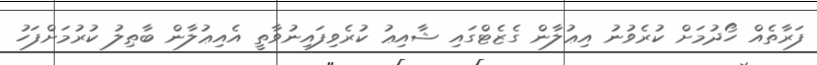
ފަރާތެއް ހޯދުމަށް ކުރެވުނު އިޢުލާން ގެޒެޓްގައި ޝާއިޢު ކުރެވިފައިނުވާތީ އެއިޢުލާން ބާޠިލު ކުރުމަށްފަހު